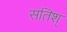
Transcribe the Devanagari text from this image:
सतिश्